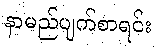
နာမည်ပျက်စာရင်း